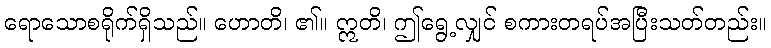
ရောသောစရိုက်ရှိသည်။ ဟောတိ၊ ၏။ ဣတိ၊ ဤရွေ့လျှင် စကားတရပ်အပြီးသတ်တည်း။